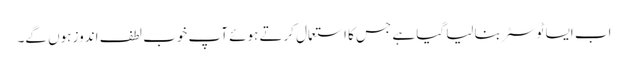
اب ایسا ٹوسٹر بنالیا گیا ہے جس کا استعمال کرتے ہوئے آپ خوب لطف اندوز ہوں گے۔